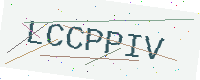
Text: LCCPPIV